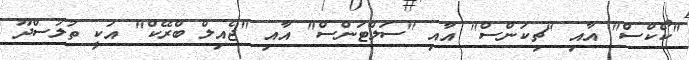
"ކޯކްސް" އާއި "ޗިކަންސް" އާއި "ސަލްޓަންސް" އާއި "ޖެއިލް ބްރޭކް" އަކީ ތުލުސްދޫ